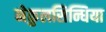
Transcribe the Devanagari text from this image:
नेकुलसिन्धिया